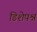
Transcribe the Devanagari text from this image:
डिशेपश्न